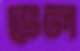
ভেল